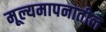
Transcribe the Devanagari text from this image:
मूल्यमापनातील